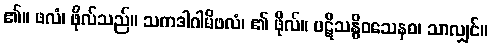
၏။ ဖလံ၊ ဖိုလ်သည်။ သကဒါဂါမိဖလံ၊ ၏ ဖိုလ်။ ပဋိသန္ဓိဝသေနဝ၊ သာလျှင်။